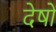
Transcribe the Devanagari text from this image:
देषों